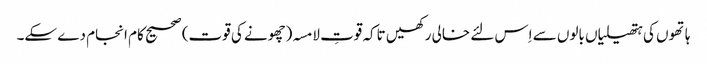
ہاتھوں کی ہتھیلیاں بالوں سے اِس لئے خالی رکھیں تاکہ قوتِ لامسہ(چھونے کی قوت) صحیح کام انجام دے سکے۔